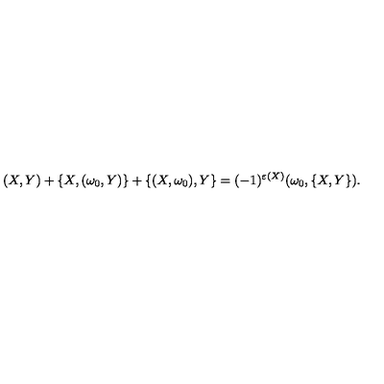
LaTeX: ( X , Y ) + \{ X , ( \omega _ { 0 } , Y ) \} + \{ ( X , \omega _ { 0 } ) , Y \} = ( - 1 ) ^ { \varepsilon ( X ) } ( \omega _ { 0 } , \{ X , Y \} ) .